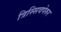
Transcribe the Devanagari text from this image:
त्रिस्सिवपेरुर